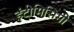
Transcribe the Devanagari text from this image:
इंटीमिसिमी